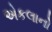
એકલાનો